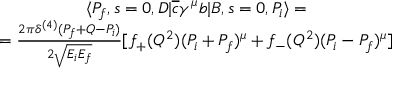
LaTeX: \begin{array} { c } { { \langle P _ { f } , s = 0 , D | \overline { { { c } } } \gamma ^ { \mu } b | B , s = 0 , P _ { i } \rangle = } } \\ { { = \frac { 2 \pi \delta ^ { ( 4 ) } ( P _ { f } + Q - P _ { i } ) } { 2 \sqrt { E _ { i } E _ { f } } } [ f _ { + } ( Q ^ { 2 } ) ( P _ { i } + P _ { f } ) ^ { \mu } + f _ { - } ( Q ^ { 2 } ) ( P _ { i } - P _ { f } ) ^ { \mu } ] } } \end{array}